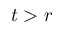
t > r